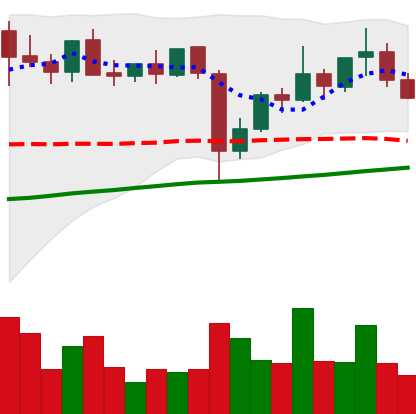
Ticker: XLM-USD
Chart end date: 2021-11-05
Forward return: 7.016%
Label: up_7plus